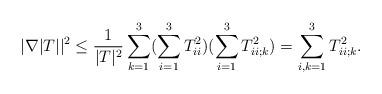
LaTeX: \begin{align*} |\nabla|T||^2 \leq \frac{1}{|T|^2}\sum_{k=1}^{3}(\sum_{i=1}^{3}T_{ii}^2)(\sum_{i=1}^{3}T_{ii;k}^2)=\sum_{i,k=1}^{3}T_{ii;k}^2. \end{align*}